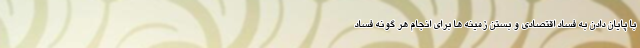
با پایان دادن به فساد اقتصادی و بستن زمینه ها برای انجام هر گونه فساد